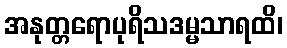
အနုတ္တရောပုရိသဒမ္မသာရထိ၊